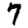
Digit: 7